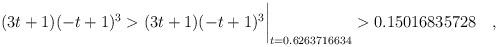
LaTeX: \begin{align*} (3t+1)(-t+1)^3 & > (3t+1)(-t+1)^3\biggr\rvert_{t=0.6263716634} > 0.15016835728 \quad , \end{align*}